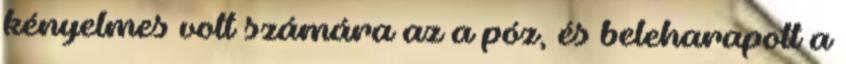
kényelmes volt számára az a póz, és beleharapott a